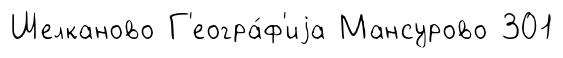
Шелканово Г'еогра́ф'иjа Мансурово 301